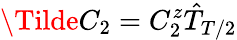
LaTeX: \Tilde{C}_{2}=C_{2}^{z}\hat{T}_{T/2}